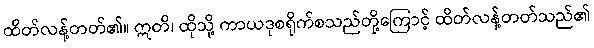
ထိတ်လန့်တတ်၏။ ဣတိ၊ ထိုသို့ ကာယဒုစရိုက်စသည်တို့ကြောင့် ထိတ်လန့်တတ်သည်၏